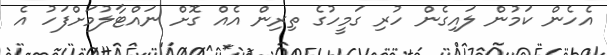
އެހެން ކަމުން ލައިގެން ހުރި ގަމީހުގެ ތިރިން އެއް ގޮށް ނައްޓާލުމަށްފަހު އެ